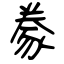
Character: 豢